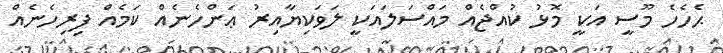
ޙެހެހެ މޫސީ އަކީ މޮޅު ކުއްޖެއް މައްސަލައަކީ ލަވަކިޔާއިރު ޢަންހެނެއް ކަމެއް ފިރިހެނެއް